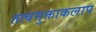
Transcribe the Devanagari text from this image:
तत्वमुक्ताकलाप